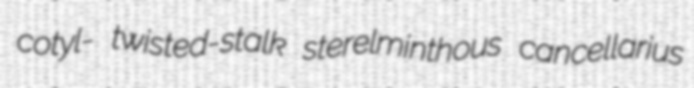
cotyl- twisted-stalk sterelminthous cancellarius